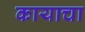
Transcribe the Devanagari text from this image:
कायाचा